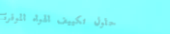
حلول تكييف الهواء الموفرة